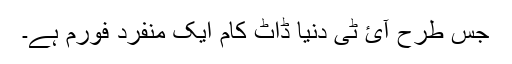
جس طرح آئ ٹی دنیا ڈاٹ کام ایک منفرد فورم ہے۔